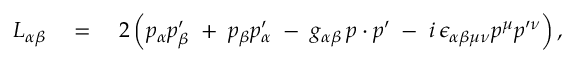
L _ { \alpha \beta } \quad = \quad 2 \left( p _ { \alpha } p _ { \beta } ^ { \prime } \; + \; p _ { \beta } p _ { \alpha } ^ { \prime } \; - \; g _ { \alpha \beta } \, p \cdot p ^ { \prime } \; - \; i \, \epsilon _ { \alpha \beta \mu \nu } p ^ { \mu } p ^ { \prime \nu } \right) ,